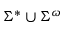
\Sigma ^ { \ast } \cup \Sigma ^ { \omega }